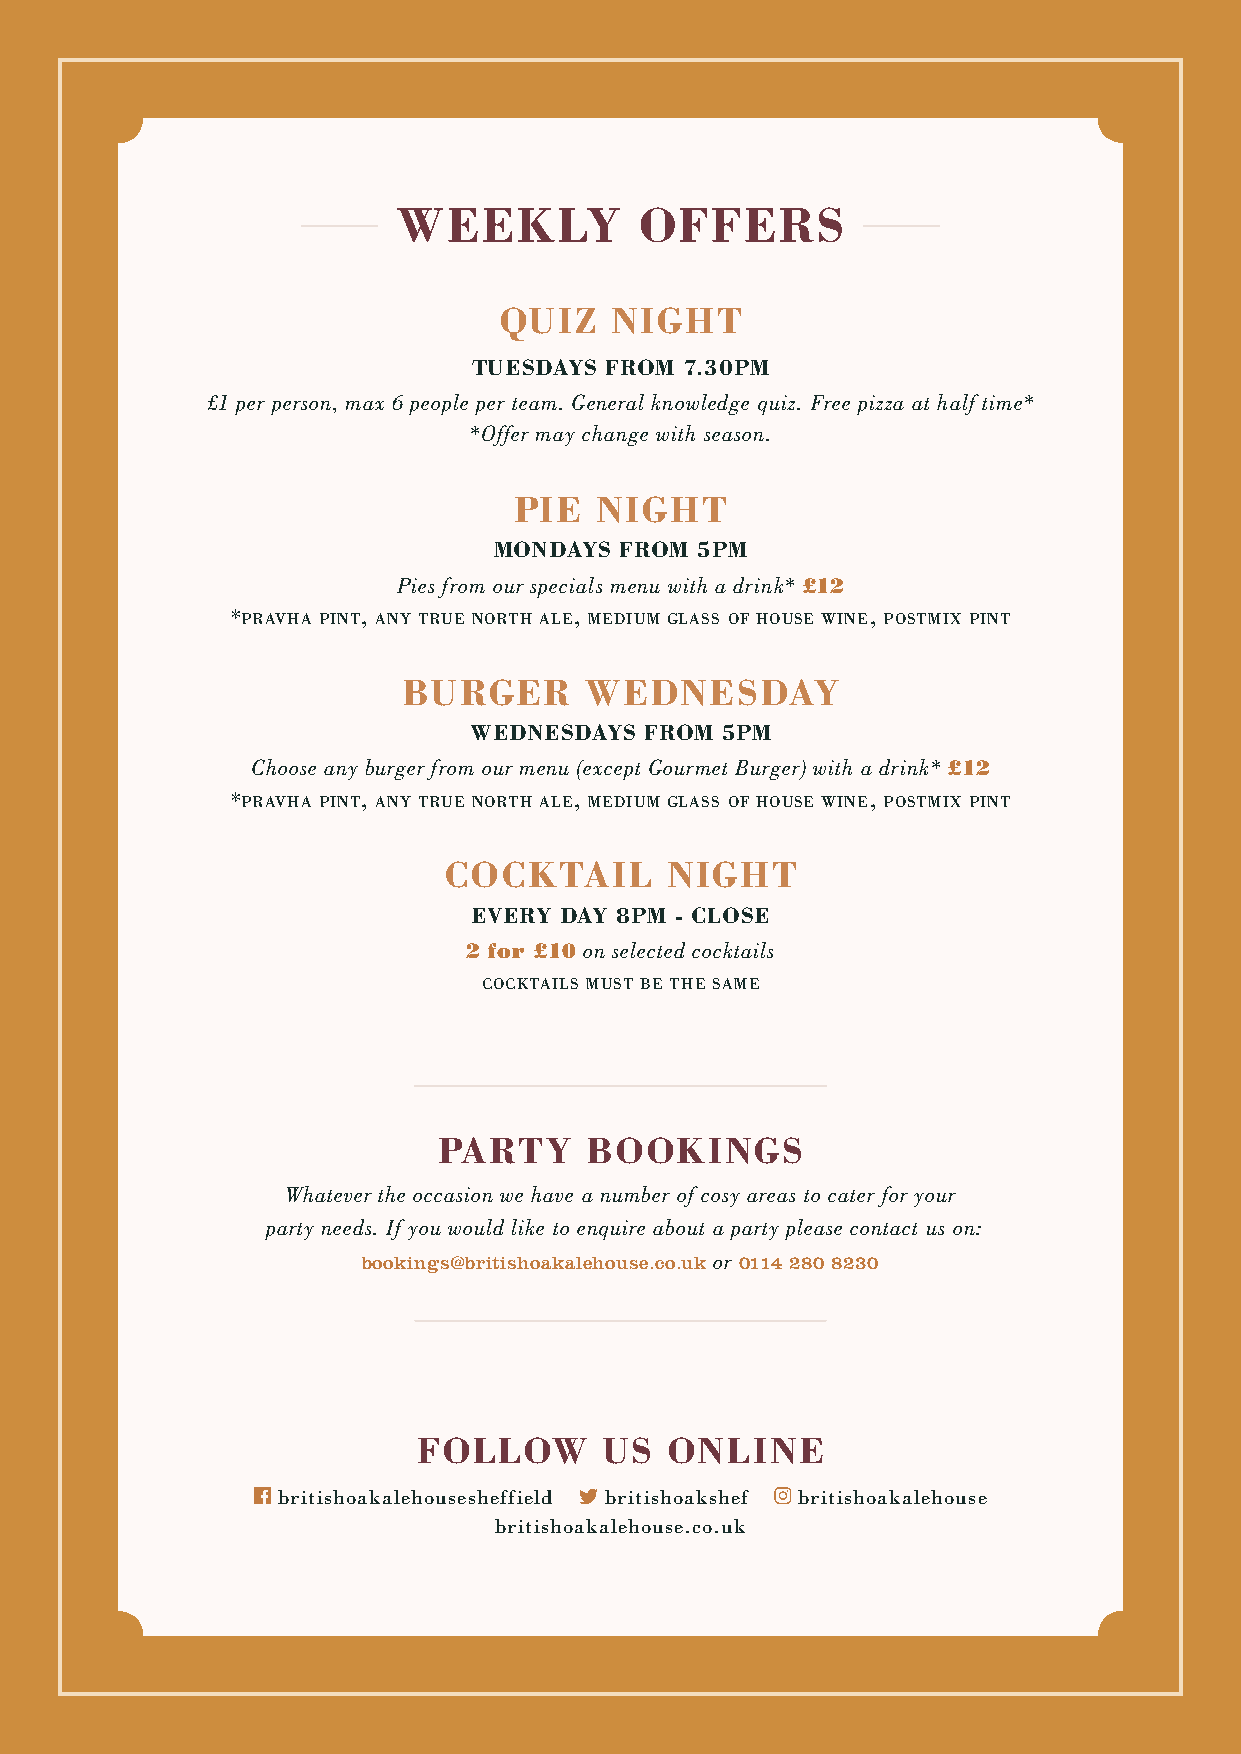
WEEKLY          OFFERS
 QUIZ   NIGHT
 TUESDAYS FROM 7.30PM
 £1 per person, max 6 people per team. General knowledge quiz. Free pizza at half time*
 *Offer may change with season.
 PIE  NIGHT
 MONDAYS FROM 5PM
 Pies from our specials menu with a drink* £12
 *pravha pint, any true north ale, medium glass of house wine, postmix pint
 BURGER      WEDNESDAY
 WEDNESDAYS  FROM 5PM
 Choose any burger from our menu (except Gourmet Burger) with a drink* £12
 *pravha pint, any true north ale, medium glass of house wine, postmix pint
 COCKTAIL       NIGHT
 EVERY DAY 8PM - CLOSE
 2 for £10 on selected cocktails
 cocktails must be the same
 PARTY     BOOKINGS
 Whatever the occasion we have a number of cosy areas to cater for your
 party needs. If you would like to enquire about a party please contact us on:
 bookings@britishoakalehouse.co.uk or 0114 280 8230
 FOLLOW      US  ONLINE
 britishoakalehousesheffield britishoakshef britishoakalehouse
 britishoakalehouse.co.uk